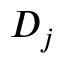
D _ { j }